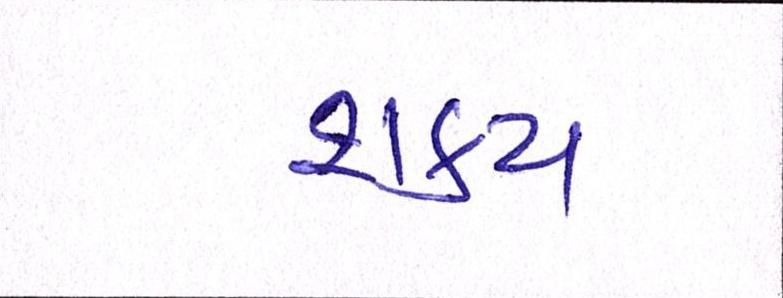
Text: શક્ય